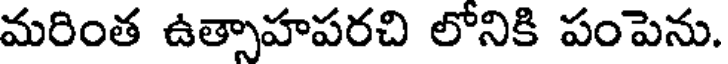
మరింత ఉత్సాహపరచి లోనికి పంపెను.